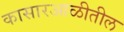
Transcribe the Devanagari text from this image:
कासारआळीतील